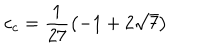
c _ { c } = \frac { 1 } { 2 7 } { \left( - 1 + 2 \sqrt { 7 } \right) }